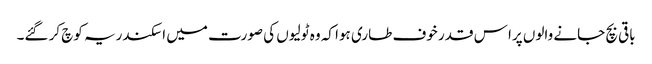
باقی بچ جانے والوں پرا س قدر خوف طاری ہوا کہ وہ ٹولیوں کی صورت میں اسکندریہ کوچ کر گئے۔